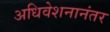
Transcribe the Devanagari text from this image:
अधिवेशनानंतर